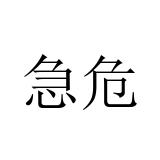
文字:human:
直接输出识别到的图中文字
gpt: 急危